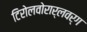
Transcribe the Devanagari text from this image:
टिरोलवोरार्लवर्ग